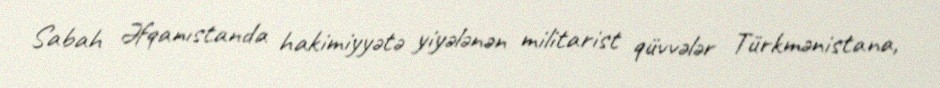
Sabah Əfqanıstanda hakimiyyətə yiyələnən militarist qüvvələr Türkmənistana,